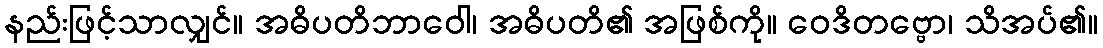
နည်းဖြင့်သာလျှင်။ အဓိပတိဘာဝေါ၊ အဓိပတိ၏ အဖြစ်ကို။ ဝေဒိတဗ္ဗော၊ သိအပ်၏။